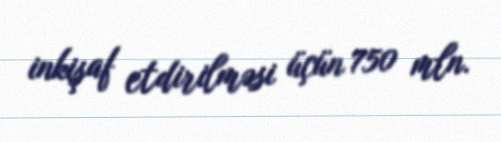
inkişaf etdirilməsi üçün 750 mln.